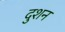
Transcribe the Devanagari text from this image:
दुशन